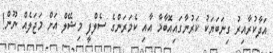
އަދާކުރާއިރު ގިނަބަޔަކު ކަރުނާގައިއޮބާމާ އާއި ކެމަރަންގެ ސެލްފީ މިޝޭލް އަށް މަޖަލެއް ނޫން!